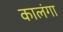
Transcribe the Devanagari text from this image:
कालंगा